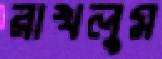
রাখলুম